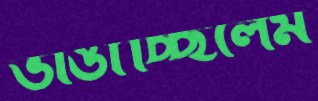
ভাঙাচ্ছিলেম